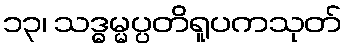
၁၃၊ သဒ္ဓမ္မပ္ပတိရူပကသုတ်